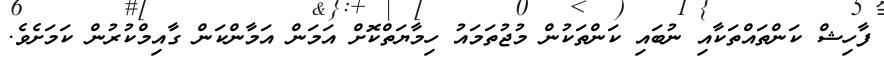
ފާހިޝް ކަންތައްތަކާއި ނުބައި ކަންތަކުން މުޖުތަމައު ހިމާޔަތްކޮށް އަމަން އަމާންކަން ގާއިމްކުރުން ކަމަށެވެ.